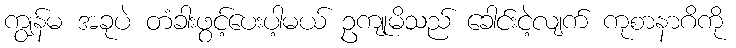
ကျွန်မ အခုပဲ တံခါးဖွင့်ပေးပါ့မယ် ဥကျုမိသည် ခေါင်းငဲ့လျက် ကုစာနာဂိကို